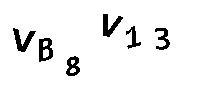
VB8V13